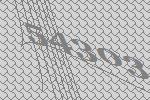
54303